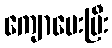
ကျောပေးပြီး